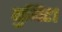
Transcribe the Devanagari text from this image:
युनिट।